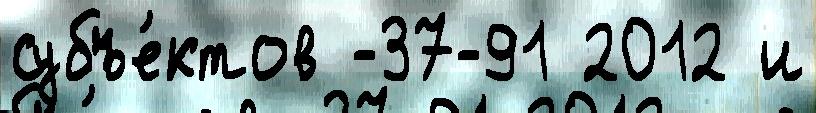
субъе́ктов -37-91 2012 и